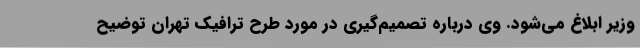
وزیر ابلاغ می‌شود. وی درباره تصمیم‌گیری در مورد طرح ترافیک تهران توضیح